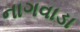
નાગવાડા